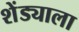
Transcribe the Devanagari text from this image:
शेंड्याला